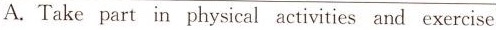
A.Take part in physical activities and exercise